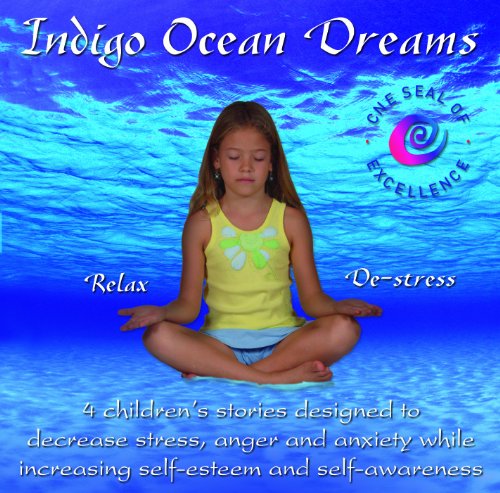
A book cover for Indigo Ocean Dreams: 4 Children's Stories Designed to Decrease Stress, Anger and Anxiety while Increasing Self-Esteem and Self-Awareness; Parenting & Relationships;